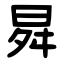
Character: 曻